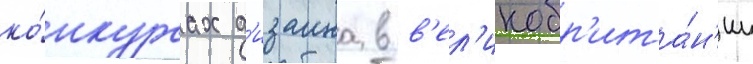
ко́нкурсах д'изаина в в'ел'икобр'ита́н'ии